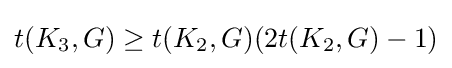
t(K_{3},G)\geq t(K_{2},G)(2t(K_{2},G)-1)